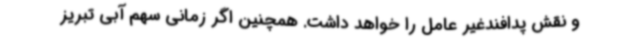
و نقش پدافندغیر عامل را خواهد داشت. همچنین اگر زمانی سهم آبی تبریز